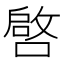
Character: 𱔐